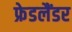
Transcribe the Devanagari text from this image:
फ्रेडलैंडर